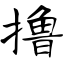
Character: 撸